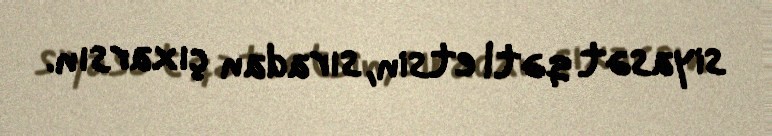
siyasət qətl etsin, sıradan çıxarsın.